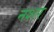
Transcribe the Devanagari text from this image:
नशर